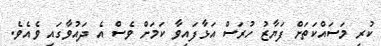
ކުރި މަސައްކަތަށް ފަޔާޒު ހުރަސް އަޅާފައިވާ ކަމަށް ވެސް އެ ދައުވާގައި ވެއެވެ.